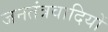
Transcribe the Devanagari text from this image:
जनतंत्रवादियों